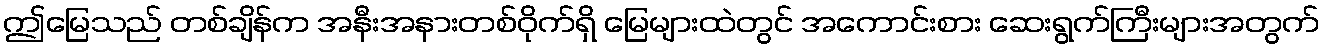
ဤမြေသည် တစ်ချိန်က အနီးအနားတစ်ဝိုက်ရှိ မြေများထဲတွင် အကောင်းစား ဆေးရွက်ကြီးများအတွက်